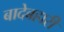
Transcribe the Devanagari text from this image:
बादेबहारी